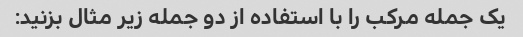
یک جمله مرکب را با استفاده از دو جمله زیر مثال بزنید: